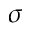
\sigma